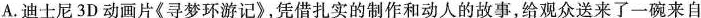
A.迪士尼3D动画片《寻梦环游记》，凭借扎实的制作和动人的故事，给观众送来了一碗来自